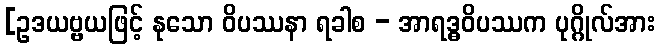
[ဥဒယဗ္ဗယဖြင့် နုသော ဝိပဿနာ ရခါစ - အာရဒ္ဓဝိပဿက ပုဂ္ဂိုလ်အား